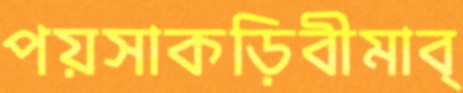
পয়সাকড়িবীমাব্